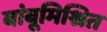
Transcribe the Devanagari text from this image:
बांबूमिश्रित